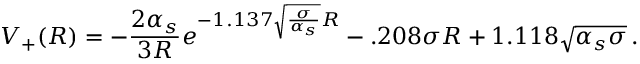
V _ { + } ( R ) = - { \frac { 2 \alpha _ { s } } { 3 R } } e ^ { - 1 . 1 3 7 \sqrt { \frac { \sigma } { \alpha _ { s } } } R } - . 2 0 8 \sigma R + 1 . 1 1 8 \sqrt { \alpha _ { s } \sigma } \, .